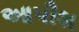
આપીશ